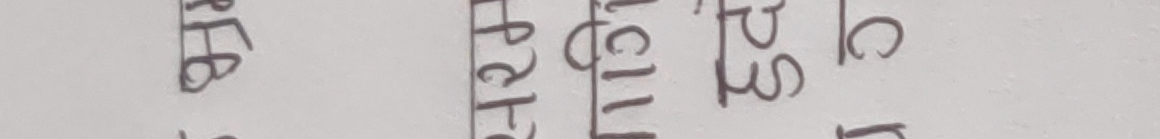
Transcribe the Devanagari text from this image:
फरहाट रटिसी एस ओ पि एस सी